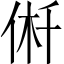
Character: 𠉟